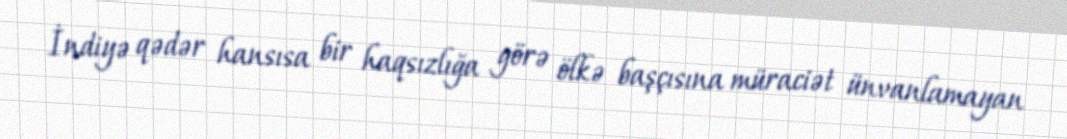
İndiyə qədər hansısa bir haqsızlığa görə ölkə başçısına müraciət ünvanlamayan